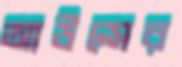
আউন্সের